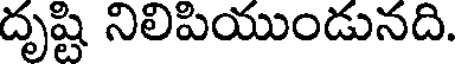
దృష్టి నిలిపియుండునది.